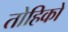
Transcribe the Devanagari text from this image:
तोहिको